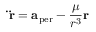
\mathbf { \ddot { r } } = \mathbf { a } _ { \mathrm { p e r } } - { \frac { \mu } { r ^ { 3 } } } \mathbf { r }